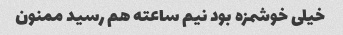
خیلی خوشمزه بود نیم ساعته هم رسید ممنون